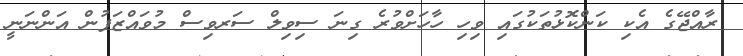
ރާއްޖޭގެ އެކި ކަންކޮޅުތަކުގައި ވިހި ހާހަށްވުރެ ގިނަ ސިވިލް ސަރވިސް މުވައްޒަފުން އަންނަނީ